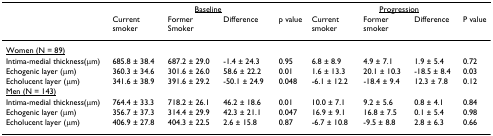
<table><thead><tr><td></td><td colspan="4"><b><underline>Baseline</underline></b></td><td colspan="4"><b><underline>Progression</underline></b></td></tr><tr><td></td><td><b>Current smoker</b></td><td><b>Former Smoker</b></td><td><b>Difference</b></td><td><b>p value</b></td><td><b>Current smoker</b></td><td><b>Former smoker</b></td><td><b>Difference</b></td><td><b>P value</b></td></tr></thead><tbody><tr><td><underline>Women (N = 89)</underline></td><td></td><td></td><td></td><td></td><td></td><td></td><td></td><td></td></tr><tr><td>Intima-medial thickness(μm)</td><td>685.8 ± 38.4</td><td>687.2 ± 29.0</td><td>-1.4 ± 24.3</td><td>0.95</td><td>6.8 ± 8.9</td><td>4.9 ± 7.1</td><td>1.9 ± 5.4</td><td>0.72</td></tr><tr><td>Echogenic layer (μm)</td><td>360.3 ± 34.6</td><td>301.6 ± 26.0</td><td>58.6 ± 22.2</td><td>0.01</td><td>1.6 ± 13.3</td><td>20.1 ± 10.3</td><td>-18.5 ± 8.4</td><td>0.03</td></tr><tr><td>Echolucent layer (μm)</td><td>341.6 ± 38.9</td><td>391.6 ± 29.2</td><td>-50.1 ± 24.9</td><td>0.048</td><td>-6.1 ± 12.2</td><td>-18.4 ± 9.4</td><td>12.3 ± 7.8</td><td>0.12</td></tr><tr><td><underline>Men (N = 143)</underline></td><td></td><td></td><td></td><td></td><td></td><td></td><td></td><td></td></tr><tr><td>Intima-medial thickness(μm)</td><td>764.4 ± 33.3</td><td>718.2 ± 26.1</td><td>46.2 ± 18.6</td><td>0.01</td><td>10.0 ± 7.1</td><td>9.2 ± 5.6</td><td>0.8 ± 4.1</td><td>0.84</td></tr><tr><td>Echogenic layer (μm)</td><td>356.7 ± 37.3</td><td>314.4 ± 29.9</td><td>42.3 ± 21.1</td><td>0.047</td><td>16.9 ± 9.1</td><td>16.8 ± 7.5</td><td>0.1 ± 5.4</td><td>0.98</td></tr><tr><td>Echolucent layer (μm)</td><td>406.9 ± 27.8</td><td>404.3 ± 22.5</td><td>2.6 ± 15.8</td><td>0.87</td><td>-6.7 ± 10.8</td><td>-9.5 ± 8.8</td><td>2.8 ± 6.3</td><td>0.66</td></tr></tbody></table>